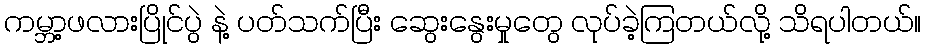
ကမ္ဘာ့ဖလားပြိုင်ပွဲ နဲ့ ပတ်သက်ပြီး ဆွေးနွေးမှုတွေ လုပ်ခဲ့ကြတယ်လို့ သိရပါတယ်။